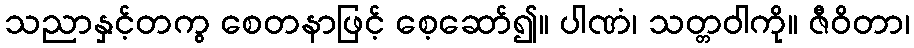
သညာနှင့်တကွ စေတနာဖြင့် စေ့ဆော်၍။ ပါဏံ၊ သတ္တဝါကို။ ဇီဝိတာ၊